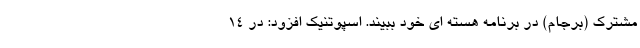
مشترک (برجام) در برنامه هسته ای خود ببیند. اسپوتنیک افزود: در ۱۴